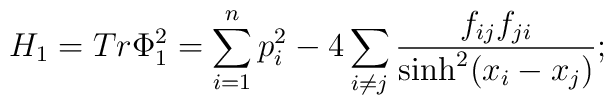
H_1=Tr \Phi_1^2= \sum_{i=1}^n p_i^2- 4 \sum_{i\neq j} \frac  {f_{ij}f_{ji}} {\sinh^2(x_i-x_j)};